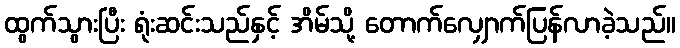
ထွက်သွားပြီး ရုံးဆင်းသည်နှင့် အိမ်သို့ တောက်လျှောက်ပြန်လာခဲ့သည်။